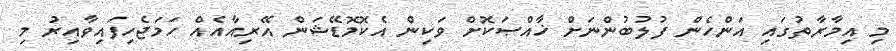
މި އިމާރާތުގައި އަންހެން ފުލުބުންނަށް ޚާއްޞަކޮށް ވަކިން އެކޮމޮޑޭޝަން އޭރިއާއެއް ހަމަޖެހިފައިވާއިރު މި